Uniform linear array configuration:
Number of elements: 16
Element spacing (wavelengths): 0.25
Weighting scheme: cosine
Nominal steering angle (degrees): -15
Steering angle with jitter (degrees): -14.015
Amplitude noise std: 0.05
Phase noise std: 0.05

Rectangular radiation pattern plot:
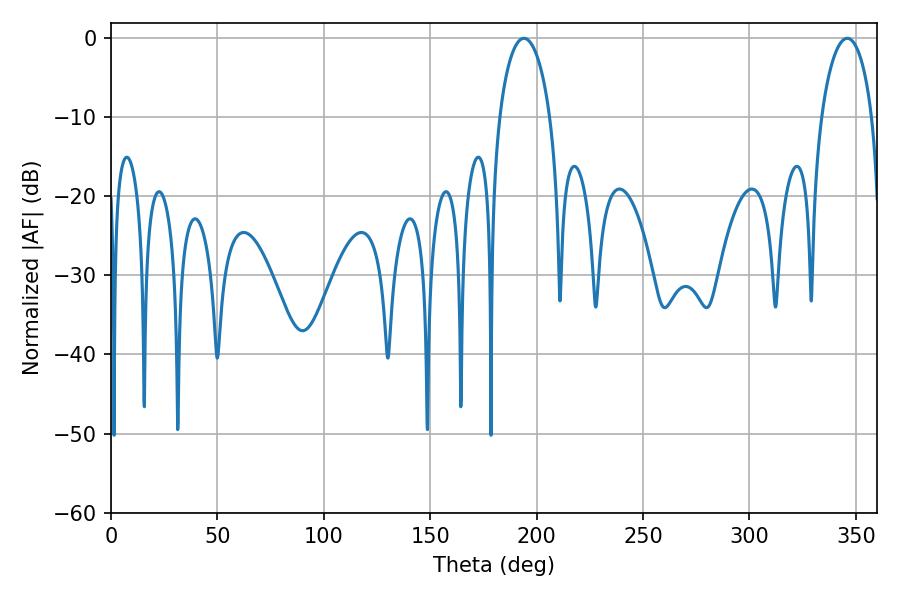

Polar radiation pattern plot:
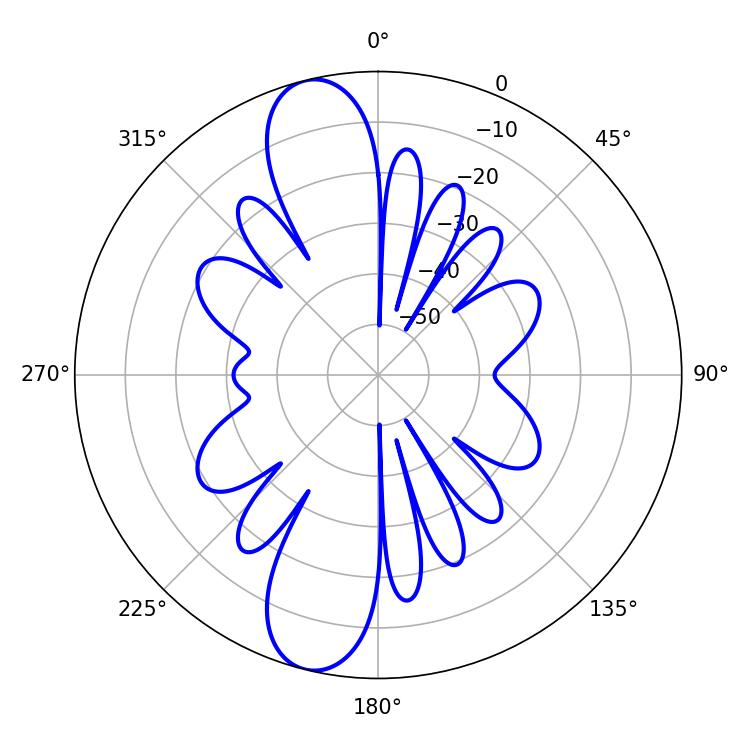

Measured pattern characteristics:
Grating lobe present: FALSE
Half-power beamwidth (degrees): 13.68
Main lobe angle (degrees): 194.04